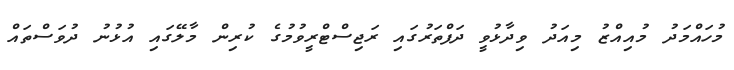
މުހައްމަދު މުއިއްޒު މިއަދު ވިދާޅުވީ ދަފްތަރުގައި ރަޖިސްޓްރީވުމުގެ ކުރިން މާލޭގައި އުޅުނު ދުވަސްތައް